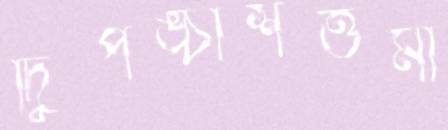
দ্বিপঙ্চাশত্তমী